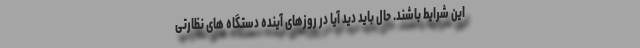
این شرایط باشند. حال باید دید آیا در روزهای آینده دستگاه های نظارتی